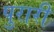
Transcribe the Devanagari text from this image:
पुरारी